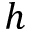
h